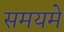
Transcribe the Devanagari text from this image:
समयमें